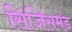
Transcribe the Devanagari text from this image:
सिजिसमंड